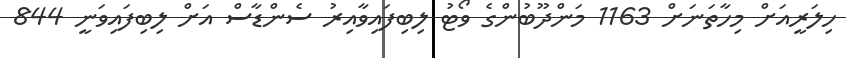
ހިލަރީއަށް މިހާތަނަށް 1163 މަންދޫބުންގެ ވޯޓު ލިބިފައިވާއިރު ސެންޑާސް އަށް ލިބިފައިވަނީ 844